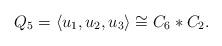
LaTeX: \begin{align*} Q_5=\langle u_1,u_2,u_3\rangle \cong C_6* C_2. \end{align*}